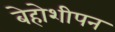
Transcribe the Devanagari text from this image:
बेहोशीपन